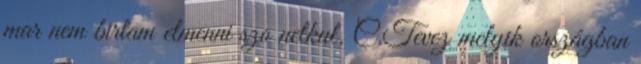
mar nem birtam elmenni szo nelkul. C.Tevez melyik országban